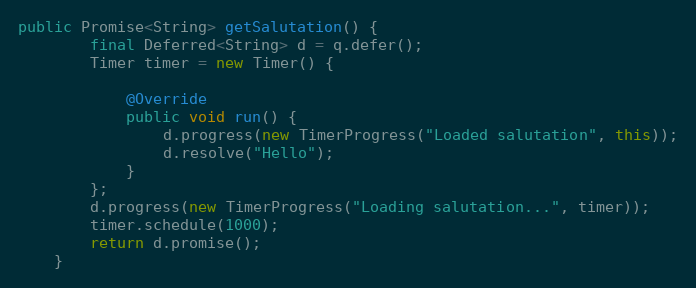
Language: Java
public Promise<String> getSalutation() {
        final Deferred<String> d = q.defer();
        Timer timer = new Timer() {

            @Override
            public void run() {
                d.progress(new TimerProgress("Loaded salutation", this));
                d.resolve("Hello");
            }
        };
        d.progress(new TimerProgress("Loading salutation...", timer));
        timer.schedule(1000);
        return d.promise();
    }